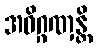
အဓိဂ္ဂဏှန္တိ